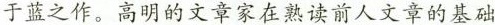
于蓝之作。高明的文章家在熟读前人文章的基础